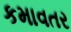
કમાવતર